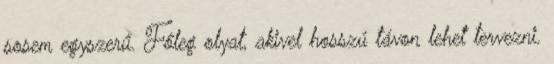
sosem egyszerű. Főleg olyat, akivel hosszú távon lehet tervezni.